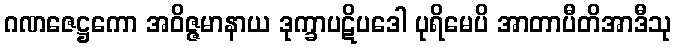
ဂဏဇေဋ္ဌကော အဝိဇ္ဇမာနာယ ဒုက္ခာပဋိပဒေါ ပုရိမေပိ အာတာပီတိအာဒီသု